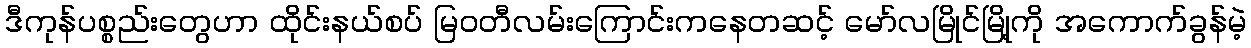
ဒီကုန်ပစ္စည်းတွေဟာ ထိုင်းနယ်စပ် မြဝတီလမ်းကြောင်းကနေတဆင့် မော်လမြိုင်မြို့ကို အကောက်ခွန်မဲ့